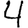
Digit: 4